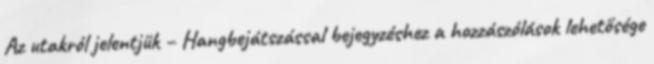
Az utakról jelentjük – Hangbejátszással bejegyzéshez a hozzászólások lehetősége